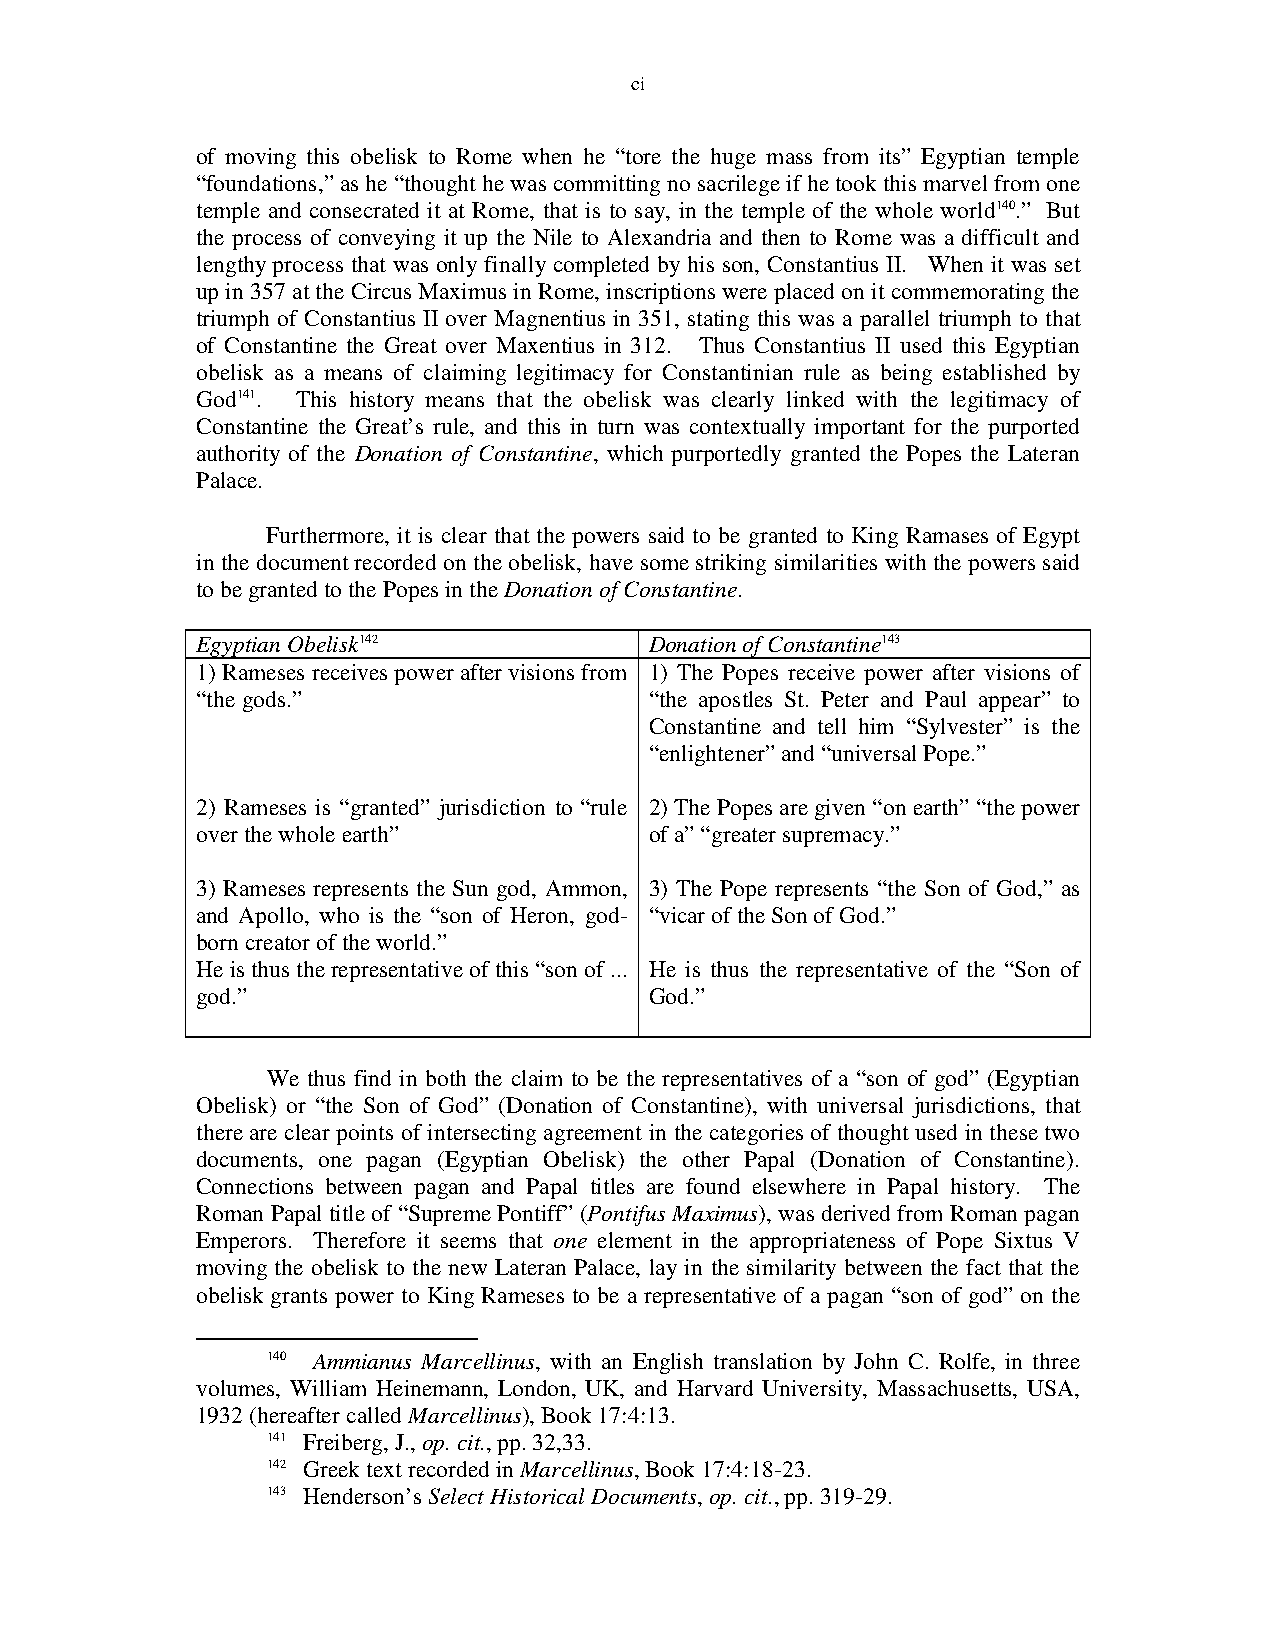
ci
 of moving this obelisk to Rome when he “tore the huge mass from its” Egyptian temple
 “foundations,” as he “thought he was committing no sacrilege if he took this marvel from one
 temple and consecrated it at Rome, that is to say, in the temple of the whole world140.” But
 the process of conveying it up the Nile to Alexandria and then to Rome was a difficult and
 lengthy process that was only finally completed by his son, Constantius II. When it was set
 up in 357 at the Circus Maximus in Rome, inscriptions were placed on it commemorating the
 triumph of Constantius II over Magnentius in 351, stating this was a parallel triumph to that
 of Constantine the Great over Maxentius in 312. Thus Constantius II used this Egyptian
 obelisk as a means of claiming legitimacy for Constantinian rule as being established by
 God141. This history means that the obelisk was clearly linked with the legitimacy of
 Constantine the Great’s rule, and this in turn was contextually important for the purported
 authority of the Donation of Constantine, which purportedly granted the Popes the Lateran
 Palace.
 Furthermore, it is clear that the powers said to be granted to King Ramases of Egypt
 in the document recorded on the obelisk, have some striking similarities with the powers said
 to be granted to the Popes in the Donation of Constantine.
 Egyptian Obelisk142           Donation of Constantine143
 1) Rameses receives power after visions from 1) The Popes receive power after visions of
 “the gods.”                   “the apostles St. Peter and Paul appear” to
 Constantine and tell him “Sylvester” is the
 “enlightener” and “universal Pope.”
 2) Rameses is “granted” jurisdiction to “rule 2) The Popes are given “on earth” “the power
 over the whole earth”         of a” “greater supremacy.”
 3) Rameses represents the Sun god, Ammon, 3) The Pope represents “the Son of God,” as
 and Apollo, who is the “son of Heron, god- “vicar of the Son of God.”
 born creator of the world.”
 He is thus the representative of this “son of ... He is thus the representative of the “Son of
 god.”                         God.”
 We thus find in both the claim to be the representatives of a “son of god” (Egyptian
 Obelisk) or “the Son of God” (Donation of Constantine), with universal jurisdictions, that
 there are clear points of intersecting agreement in the categories of thought used in these two
 documents, one pagan (Egyptian Obelisk) the other Papal (Donation of Constantine).
 Connections between pagan and Papal titles are found elsewhere in Papal history. The
 Roman Papal title of “Supreme Pontiff” (Pontifus Maximus), was derived from Roman pagan
 Emperors. Therefore it seems that one element in the appropriateness of Pope Sixtus V
 moving the obelisk to the new Lateran Palace, lay in the similarity between the fact that the
 obelisk grants power to King Rameses to be a representative of a pagan “son of god” on the
 140 Ammianus Marcellinus, with an English translation by John C. Rolfe, in three
 volumes, William Heinemann, London, UK, and Harvard University, Massachusetts, USA,
 1932 (hereafter called Marcellinus), Book 17:4:13.
 141 Freiberg, J., op. cit., pp. 32,33.
 142 Greek text recorded in Marcellinus, Book 17:4:18-23.
 143 Henderson’s Select Historical Documents, op. cit., pp. 319-29.